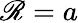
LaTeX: \mathscr{R}=a